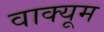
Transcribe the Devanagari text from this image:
वाक्यूम